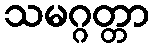
သမဂ္ဂတ္တာ